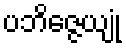
ပဘိဇ္ဇေယျုံ